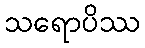
သရောပိဿ